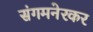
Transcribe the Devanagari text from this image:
संगमनेरकर